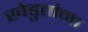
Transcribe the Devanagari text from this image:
खेडुतांना